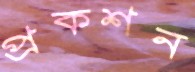
প্রকশন